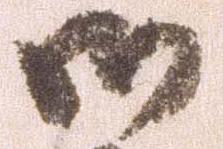
御